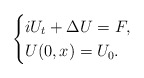
\begin{align*}\begin{cases}iU_{t}+\Delta U=F,\\U(0,x)=U_{0}.\end{cases}\end{align*}